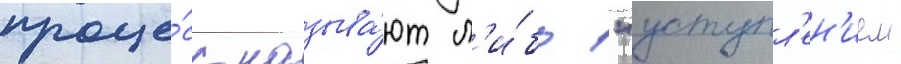
проце́сс называ́ют л'и́бо "уступл'ен'ием